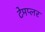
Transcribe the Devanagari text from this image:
टेमप्लर